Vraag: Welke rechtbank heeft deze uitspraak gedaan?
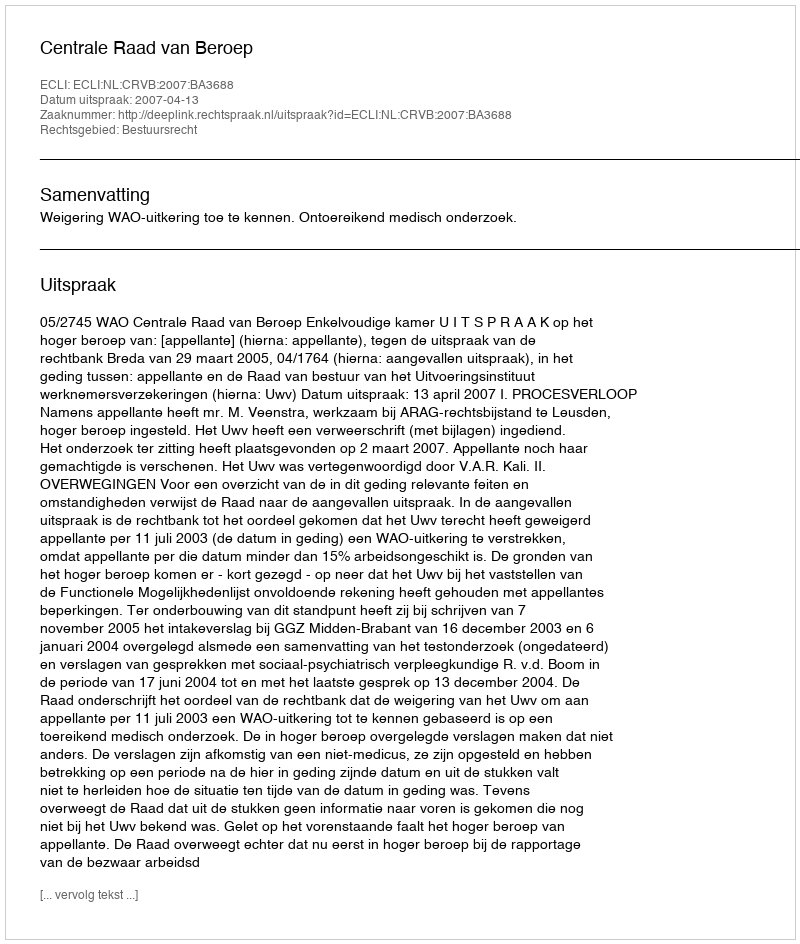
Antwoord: Centrale Raad van Beroep